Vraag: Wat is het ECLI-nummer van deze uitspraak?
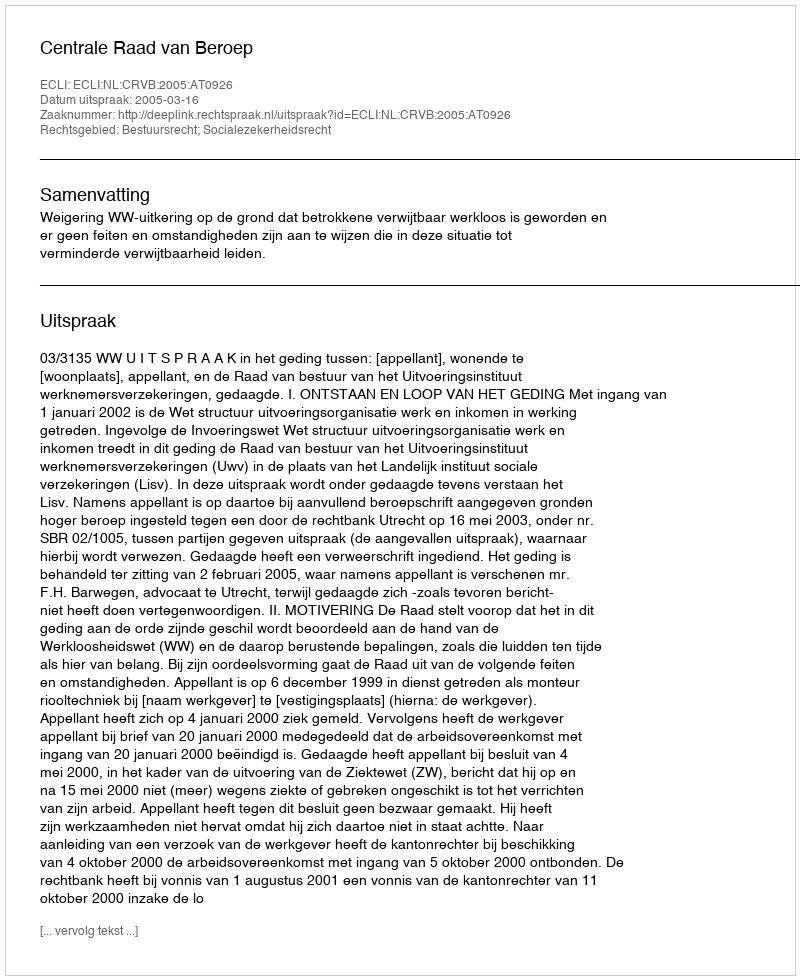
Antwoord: ECLI:NL:CRVB:2005:AT0926